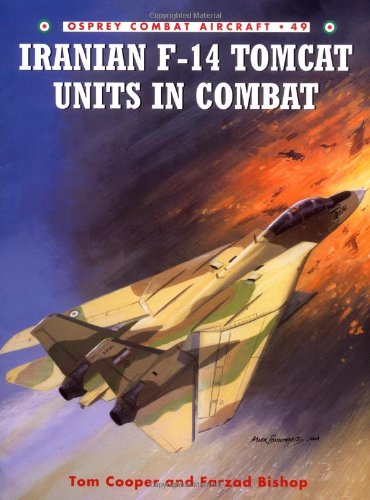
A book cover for Iranian F-14 Tomcat Units in Combat (Combat Aircraft); Tom Cooper; History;